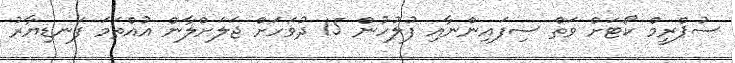
ސުޕްރީމް ކޯޓަށް ވަތް ސިފައިންނާއި ފުލުހުން 15 ދުވަހަށް ޖަލަށްލާން އުއްތަމަ ފަނޑިޔާރު